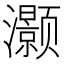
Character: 灏